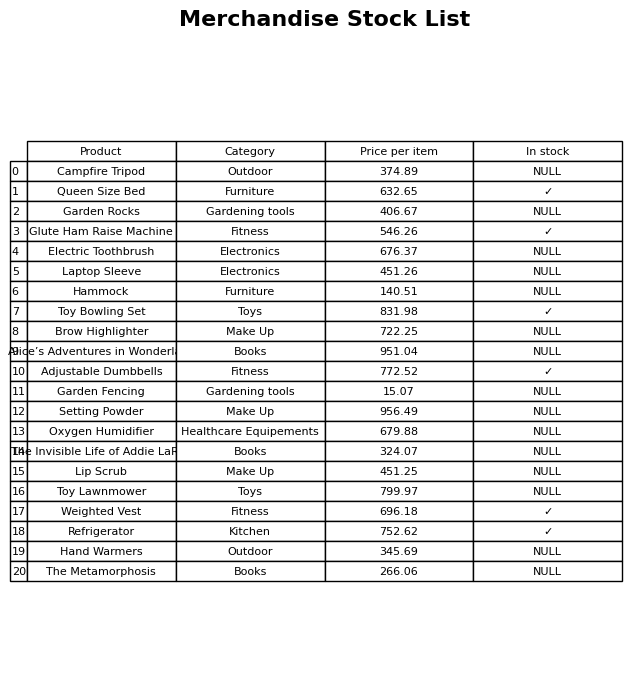
question: Which products are currently out of stock?
answer: Campfire Tripod, Garden Rocks, Electric Toothbrush, Laptop Sleeve, Hammock, Brow Highlighter, Alice’s Adventures in Wonderland, Garden Fencing, Setting Powder, Oxygen Humidifier, The Invisible Life of Addie LaRue, Lip Scrub, Toy Lawnmower, Hand Warmers, The Metamorphosis